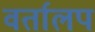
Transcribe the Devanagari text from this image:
वर्तालप